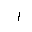
Letter: _alif